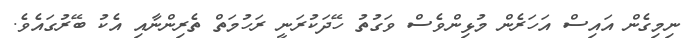
ނިމިގެން އައިސް އަހަރެން މުޅިންވެސް ވަގުތު ހޭދަކުރަނީ ރަހުމަތް ތެރިންނާއި އެކު ބޭރުގައެވެ.